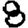
Digit: 8